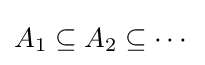
A_{1}\subseteq A_{2}\subseteq \cdots